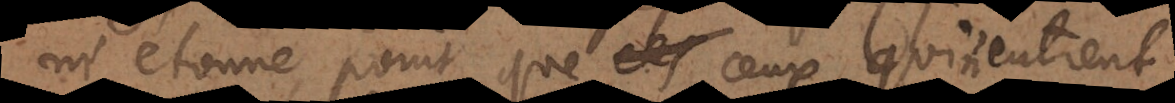
m’étonne point que ceux qui n’entrent